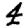
Digit: 4